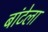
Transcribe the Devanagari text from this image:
बांटेला